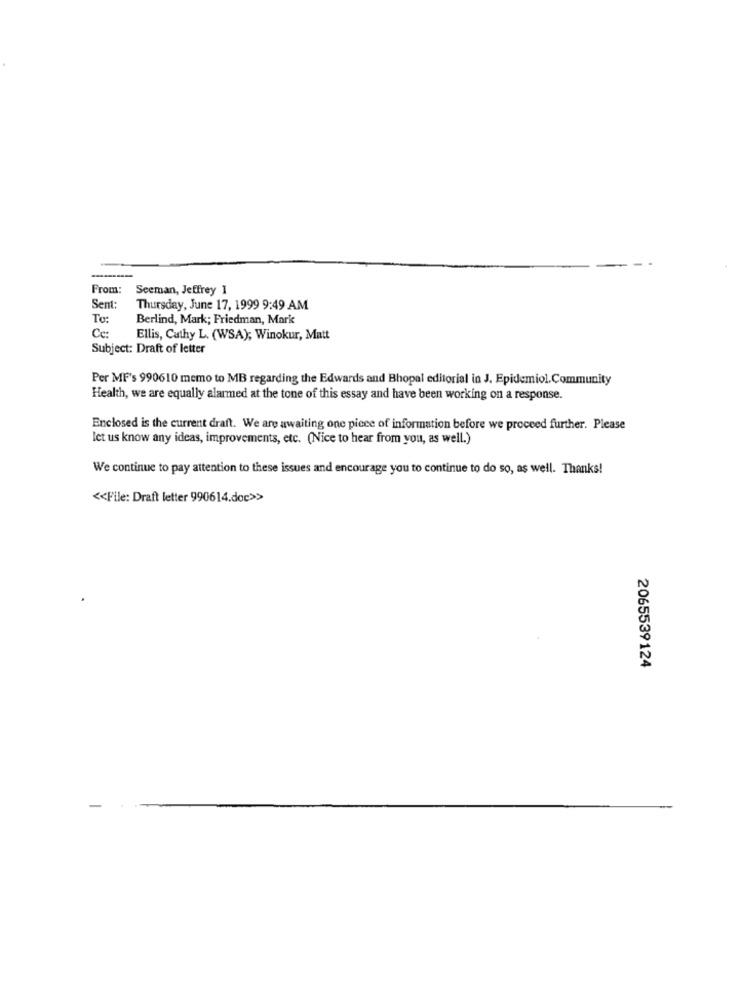
From:
Seeman, Jeffrey I
Sent:
Thursday, June 17, 1999 9:49 AM
To:
Berlind, Mark; Friedman, Mark
Ce
Ellis, Cathy L. (WSA); Winokur, Matt
Subject: Draft of letter
Per MF's 990610 memo to MB regarding the Edwards and Bhopal editorial in J. Epidemiol.Community
Health, we are equally alarmed at the tone of this essay and have been working on a response.
Enclosed is the current draft. We are awaiting one piece of information before we proceed further. Please
let us know any ideas, improvements, etc. (Nice to hear from you, as well.)
We continue to pay attention to these issues and encourage you to continue to do so, as well. Thanks!
<< File: Draft letter 990614.doc>>
2065539124